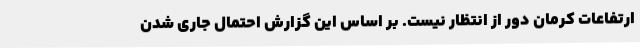
ارتفاعات کرمان دور از انتظار نیست. بر اساس این گزارش احتمال جاری شدن